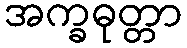
အက္ခဓုတ္တာ